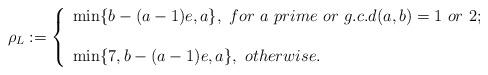
LaTeX: \begin{align*}\rho_L:=\left\{\begin{array}{l}\min\{b-(a-1)e,a\},~for~a~prime~or~g.c.d(a,b)=1~or~2;\\ \\ \min\{7,b-(a-1)e,a\},~otherwise.\end{array}\right.\end{align*}